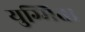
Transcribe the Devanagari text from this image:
युग्मित।